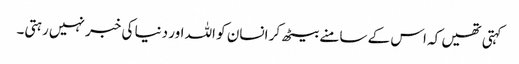
کہتی تھیں کہ اس کے سامنے بیٹھ کر انسان کو اللہ اور دنیا کی خبر نہیں رہتی۔